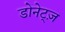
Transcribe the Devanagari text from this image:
डोनेट्ज़